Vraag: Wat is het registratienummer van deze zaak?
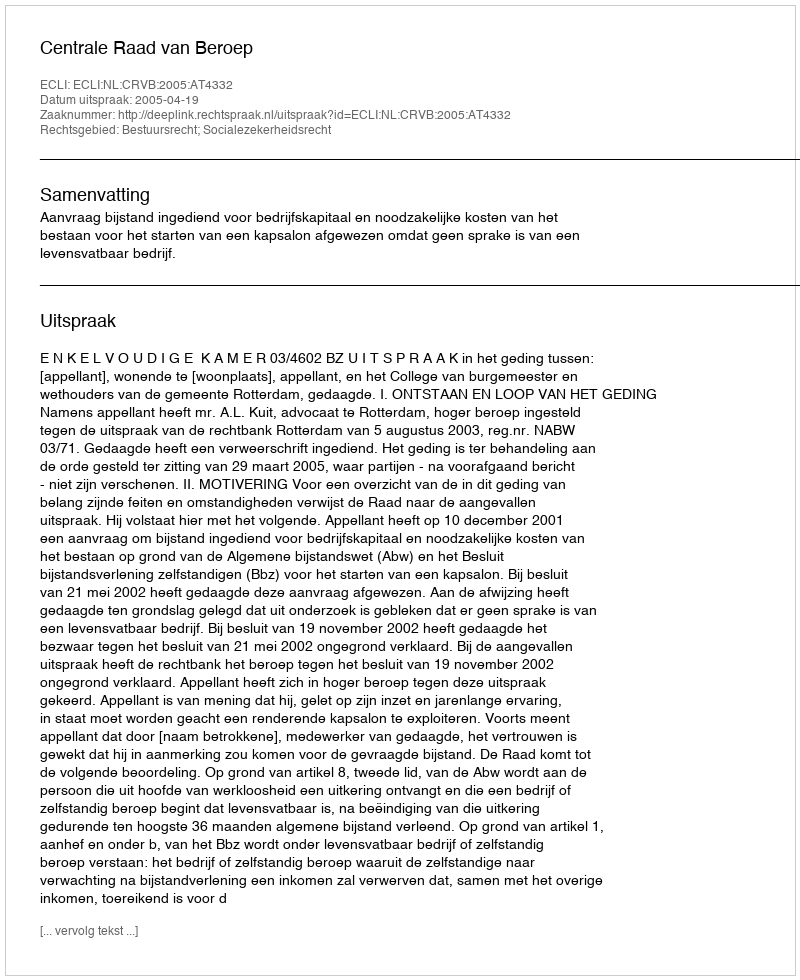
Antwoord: http://deeplink.rechtspraak.nl/uitspraak?id=ECLI:NL:CRVB:2005:AT4332